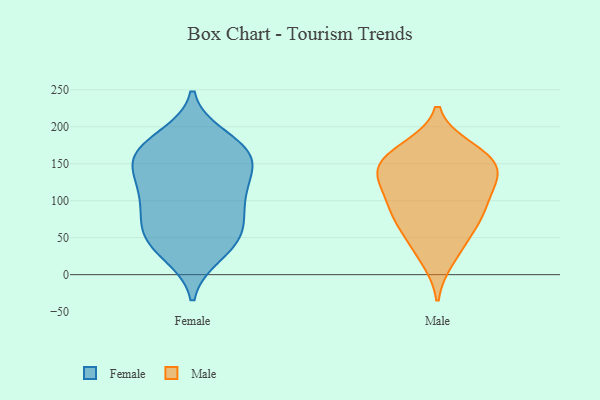
{"axis": {"x": "Gross Profit (USD K)", "y": "Value"}, "legend": ["Female", "Male"], "data": [{"x": "", "y": 128, "type": "Female"}, {"x": "", "y": 60, "type": "Female"}, {"x": "", "y": 32, "type": "Female"}, {"x": "", "y": 47, "type": "Female"}, {"x": "", "y": 131, "type": "Female"}, {"x": "", "y": 89, "type": "Female"}, {"x": "", "y": 109, "type": "Female"}, {"x": "", "y": 27, "type": "Female"}, {"x": "", "y": 152, "type": "Female"}, {"x": "", "y": 91, "type": "Female"}, {"x": "", "y": 164, "type": "Female"}, {"x": "", "y": 170, "type": "Female"}, {"x": "", "y": 108, "type": "Female"}, {"x": "", "y": 55, "type": "Female"}, {"x": "", "y": 157, "type": "Female"}, {"x": "", "y": 156, "type": "Female"}, {"x": "", "y": 62, "type": "Female"}, {"x": "", "y": 186, "type": "Female"}, {"x": "", "y": 178, "type": "Female"}, {"x": "", "y": 40, "type": "Male"}, {"x": "", "y": 86, "type": "Male"}, {"x": "", "y": 104, "type": "Male"}, {"x": "", "y": 72, "type": "Male"}, {"x": "", "y": 123, "type": "Male"}, {"x": "", "y": 129, "type": "Male"}, {"x": "", "y": 22, "type": "Male"}, {"x": "", "y": 147, "type": "Male"}, {"x": "", "y": 91, "type": "Male"}, {"x": "", "y": 67, "type": "Male"}, {"x": "", "y": 144, "type": "Male"}, {"x": "", "y": 162, "type": "Male"}, {"x": "", "y": 162, "type": "Male"}, {"x": "", "y": 170, "type": "Male"}, {"x": "", "y": 138, "type": "Male"}]}